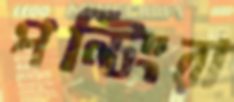
পন্টিংরা